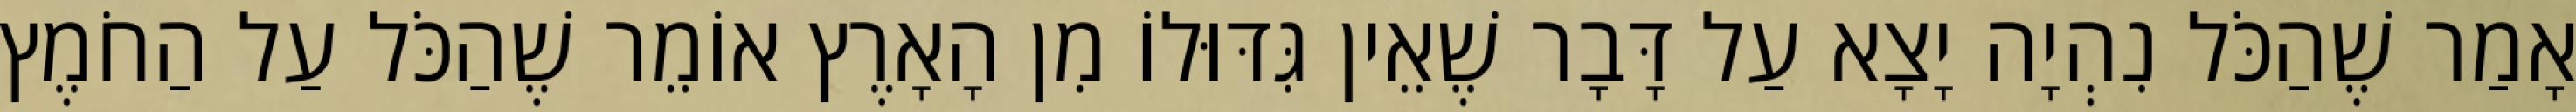
אָמַר שֶׁהַכֹּל נִהְיָה יָצָא עַל דָּבָר שֶׁאֵין גִּדּוּלוֹ מִן הָאָרֶץ אוֹמֵר שֶׁהַכֹּל עַל הַחֹמֶץ